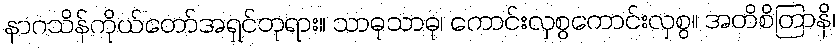
နာဂသိန်ကိုယ်တော်အရှင်ဘုရား။ သာဓုသာဓု၊ ကောင်းလှစွကောင်းလှစွ။ အတိစိတြာနိ၊